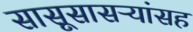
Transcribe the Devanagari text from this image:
सासूसासऱ्यांसह